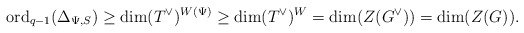
\begin{align*}\mathrm{ord}_{q-1}(\Delta_{\Psi,S}) \geq \dim (T^\vee)^{W(\Psi)} \geq \dim(T^\vee)^W = \dim(Z(G^\vee))=\dim(Z(G)). \end{align*}